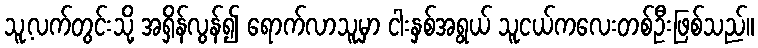
သူ့လက်တွင်းသို့ အရှိန်လွန်၍ ရောက်လာသူမှာ ငါးနှစ်အရွယ် သူငယ်ကလေးတစ်ဦးဖြစ်သည်။